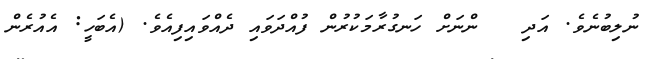
ނުލިބުނެވެ. އަދި   ންނަށް ހަނގުރާމަކުރުން ފުއްދަވައި ދެއްވައިފިއެވެ. (އެބަހީ: އެއުރެން